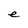
Character: e